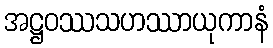
အဋ္ဌဝဿသဟဿာယုကာနံ